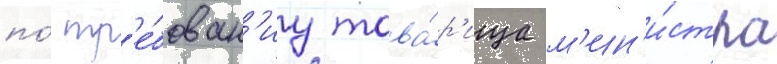
по́ тр'е́бован'иу това́р'ища м'ин'и́стра